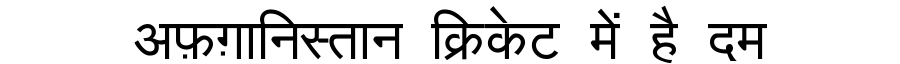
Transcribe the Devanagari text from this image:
अफ़ग़ानिस्तान क्रिकेट में है दम